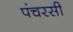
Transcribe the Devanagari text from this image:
पंचरसी